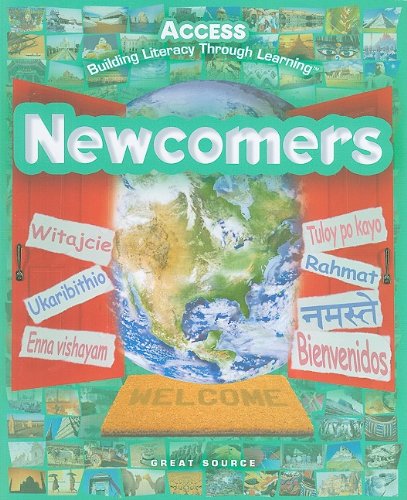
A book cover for ACCESS Newcomers: Student Edition Grades 5-12 2005; GREAT SOURCE; Teen & Young Adult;